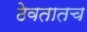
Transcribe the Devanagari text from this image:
ठेवतातच